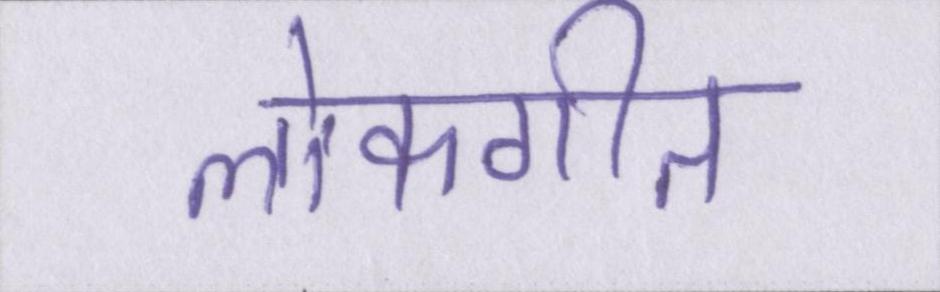
लोकगीत